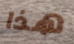
هذا